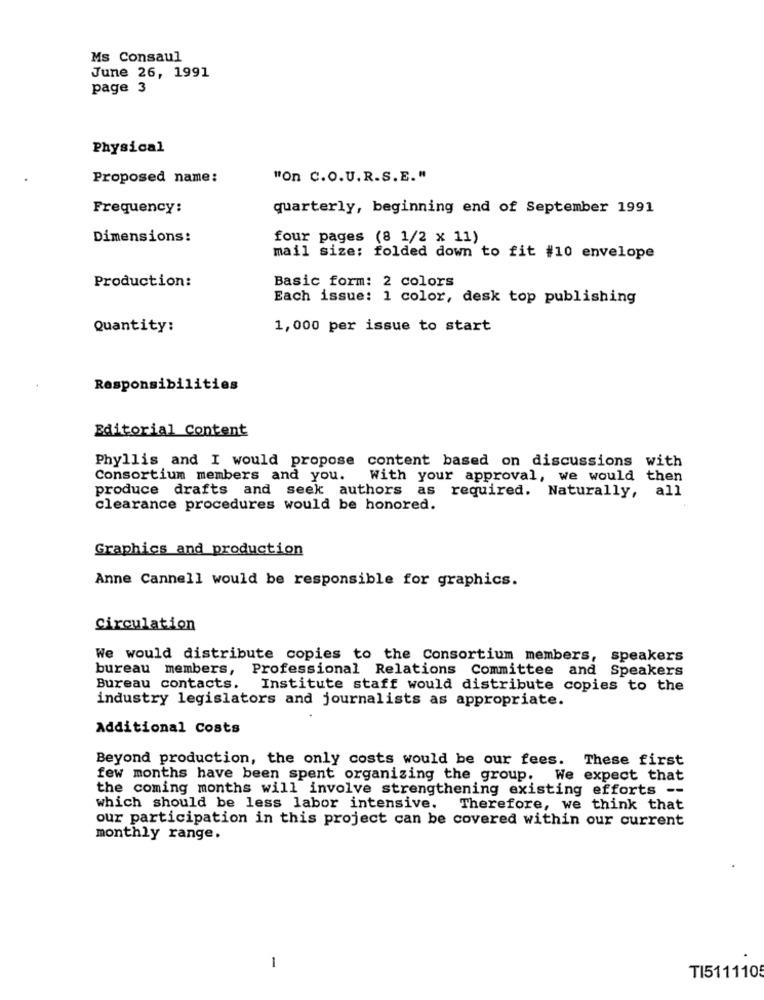
Ms Consaul
June 26, 1991
page 3
Physical
Proposed name:
"On C.O.U.R.S.E."
Frequency:
quarterly, beginning end of September 1991
Dimensions:
four pages (8 1/2 x 11)
mail size: folded down to fit #10 envelope
Production:
Basic form: 2 colors
Each issue: 1 color, desk top publishing
Quantity:
1,000 per issue to start
Responsibilities
Editorial Content
Phyllis and I would propose content based on discussions with
Consortium members and you.
With your approval, we would then
produce drafts and seek authors as required. Naturally, all
clearance procedures would be honored.
Graphics and production
Anne Cannell would be responsible for graphics.
Circulation
We would distribute copies to the Consortium members, speakers
bureau members, Professional Relations Committee and Speakers
Bureau contacts. Institute staff would distribute copies to the
industry legislators and journalists as appropriate.
Additional Costs
Beyond production, the only costs would be our fees. These first
few months have been spent organizing the group. We expect that
the coming months will involve strengthening existing efforts --
which should be less labor intensive. Therefore, we think that
our participation in this project can be covered within our current
monthly range.
-
TI511110